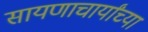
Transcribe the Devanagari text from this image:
सायणाचार्यांच्या